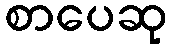
စာပေဆု